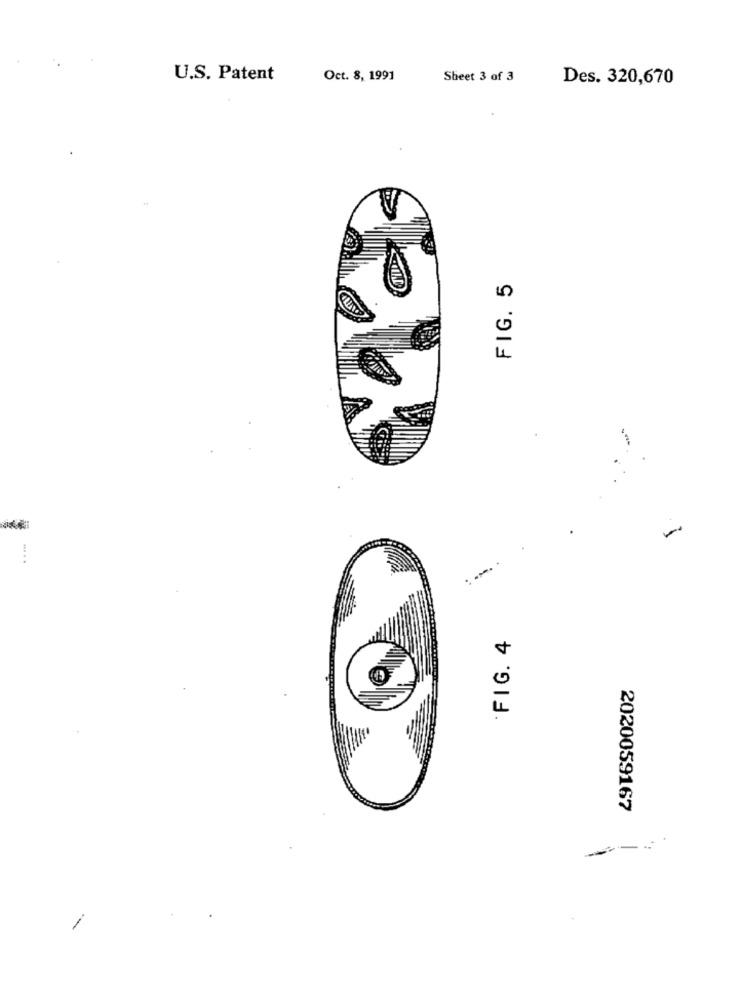
U.S. Patent
Oct. 8, 1991
Sheet 3 of 3
Des. 320,670
FIG. 5
-
FIG. 4
2020059167